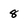
Character: 8